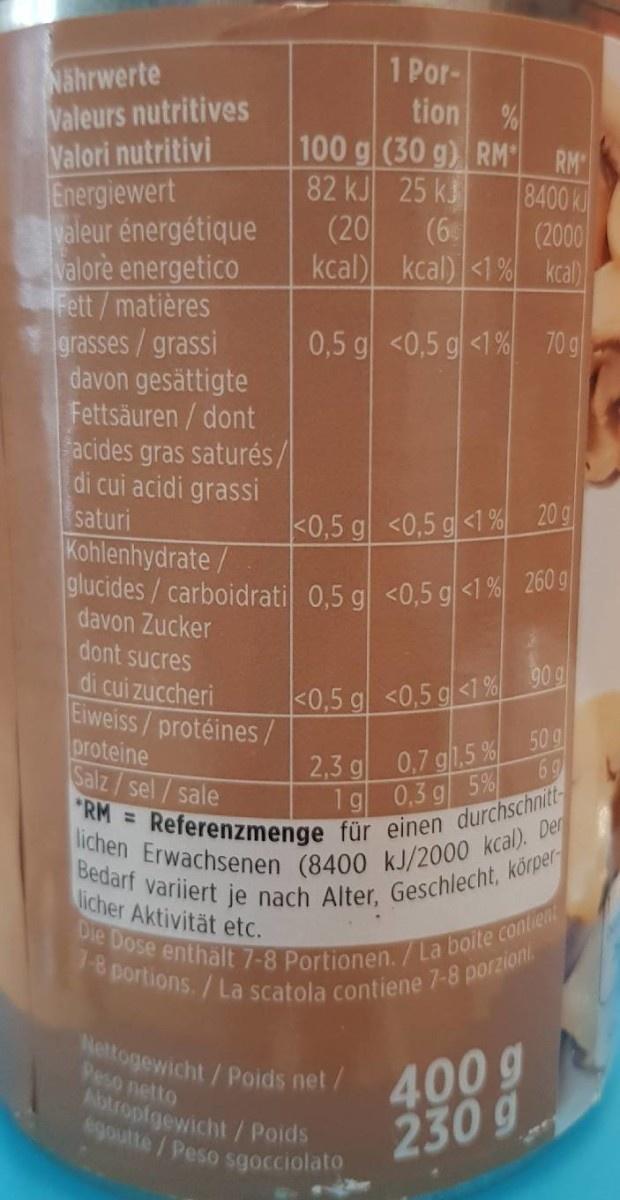
1 Por-
Nährwerte Valeurs nutritives Valori nutritivi Energiewert valeur énergétique Valore energetico Fett/matières grasses/grassi davon gesättigte Fettsäuren / dont acides gras saturés/ di cui acidi grassi saturi Kohlenhydrate/
tion
100 g (30 g) RM"| 82 kJ 25 kJ (6
RM 8400 k (2000
(20 kcal) kcal) <1 % kcal)
0,5 g <0,5 g <1% 70g
<0,5 g <0,5 g<1 % 20 g
glucides/carboidrati 0,5 g <0,5 g<1 % 260 g
davon Zucker dont sucres
di cui zuccheri Eiweiss/protéines/ proteine Salz/sel/sale
<0,5 g <0,5 g<1 % 90 g
2,3 g 0,7 g1.5 % 50 g 69
RM = Referenzmenge für einen durchschnitt- lichen Erwachsenen (8400 kJ/2000 kcal). Der Bedarf variiert je nach Alter, Geschlecht, körper
1g 0,3 g 5%
licher Aktivität etc.
Die Dose enthält 7-8 Portionen./La boite contient 1-8 portions./ La scatola contiene 7-8 porzioni.
Nettogewicht/Poids net/ Peso netto
Abtropfgewicht/ Poids egoutte/Peso sgocciolato
400g 230 g